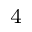
_ 4